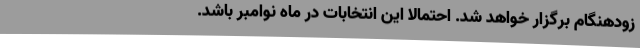
زودهنگام برگزار خواهد شد. احتمالا این انتخابات در ماه نوامبر باشد.